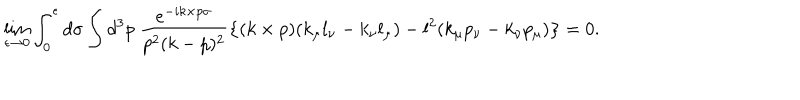
\lim _ { \epsilon \to 0 } \int _ { 0 } ^ { \epsilon } d \sigma \int d ^ { 3 } p ~ \frac { e ^ { - i k \times p \sigma } } { p ^ { 2 } ( k - p ) ^ { 2 } } \left\{ ( k \times p ) ( k _ { \mu } l _ { \nu } - k _ { \nu } l _ { \mu } ) - l ^ { 2 } ( k _ { \mu } p _ { \nu } - k _ { \nu } p _ { \mu } ) \right\} = 0 .